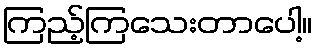
ကြည့်ကြသေးတာပေါ့။